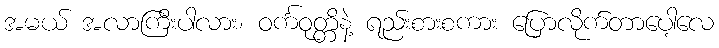
အမယ် အလာကြီးပါလား၊ ဝင်္ကဝုတ္တိနဲ့ ရည်းစားစကား ပြောလိုက်တာပေါ့လေ